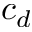
c _ { d }